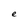
Character: e